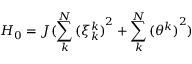
{ { H } _ { 0 } } = J ( \sum _ { k } ^ { N } { { { ( \xi _ { k } ^ { k } ) } ^ { 2 } } } + \sum _ { k } ^ { N } { { { ( \theta _ { { } } ^ { k } ) } ^ { 2 } } ) }